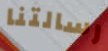
رسالتنا